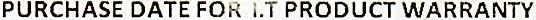
PURCHASE DATE FOR I.T PRODUCT WARRANTY